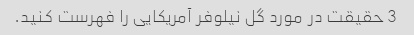
3 حقیقت در مورد گل نیلوفر آمریکایی را فهرست کنید.